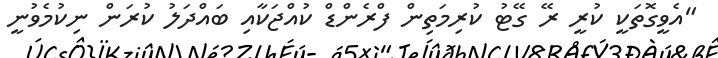
"އެވީގޮތަކީ ކުރީ ރޭ ގޭޓު ކުރިމަތިން ފްރެންޑް ކުއްޖަކާއި ބައްދަލު ކުރަން ނިކުމެވުނީ